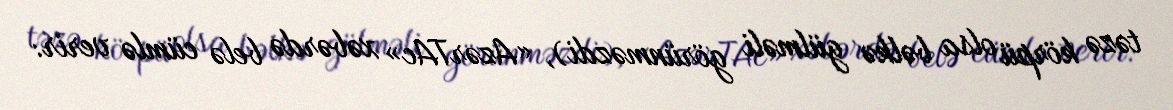
təzə körpü olsa bəlkə gülməli görünməzdi), «AzərTAc» xəbərdə belə cümlə verir: